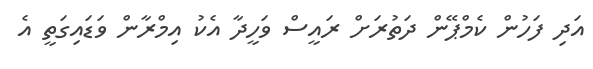
އަދި ފަހުން ކެމްޕޭން ދަތުރަށް ރައީސް ވަހީދާ އެކު އިމްރާން ވަޑައިގަތީ އެ